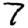
Digit: 7